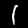
Digit: 1